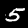
Label: 5